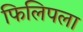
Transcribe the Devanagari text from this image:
फिलिपला